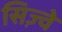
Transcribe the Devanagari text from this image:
सिज़्वे